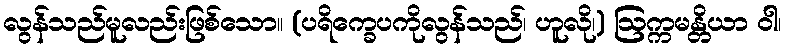
လွန်သည်မူလည်းဖြစ်သော။ (ပရိက္ခေပကိုလွန်သည်၊ ဟူလို၊) ဩက္ကမန္တိယာ ဝါ၊